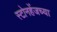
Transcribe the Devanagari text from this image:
स्टोनहेंजच्या